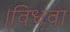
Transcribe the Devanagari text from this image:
।विधवा